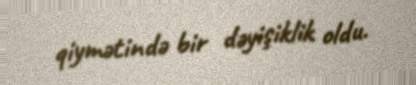
qiymətində bir dəyişiklik oldu.